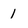
Character: 1